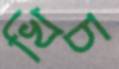
খিচ